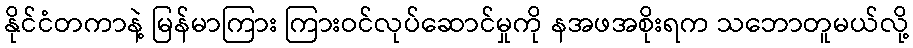
နိုင်ငံတကာနဲ့ မြန်မာကြား ကြားဝင်လုပ်ဆောင်မှုကို နအဖအစိုးရက သဘောတူမယ်လို့